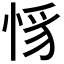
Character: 𢚵